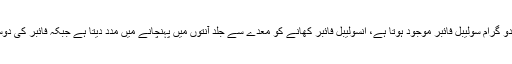
جوفائبر کے حصول کے لیے جو بہترین ہے، اس کے ایک کپ میں دو گرام انسولیبل جبکہ دو گرام سولیبل فائبر موجود ہوتا ہے، انسولیبل فائبر کھانے کو معدے سے جلد آنتوں میں پہنچانے میں مدد دیتا ہے جبکہ فائبر کی دوسری قسم پانی میں تحلیل ہوکر جیل جیسا میٹریل بناتی ہے جو کہ قبض کے خلاف موثر ہے۔